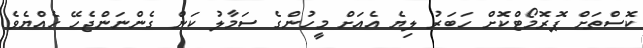
ކޮސްތަށް ޕޮރޮމޯޓްކޮށް ހަބަރު ލިޔެ އެއަށް މީހުންގެ ސަމާލު ކަން ގެންނަންޖެހޭ ހެއްޔެވެ